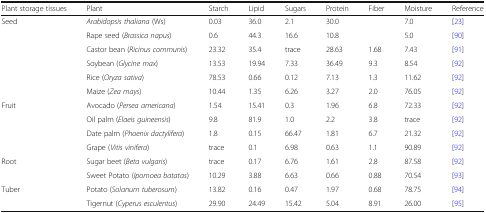
| Plant storage tissues | Plant | Starch | Lipid | Sugars | Protein | Fiber | Moisture | Reference |
 | --- | --- | --- | --- | --- | --- | --- | --- | --- |
 | <ROWSPAN=6> Seed | Arabidopsis thaliana (Ws) | 0.03 | 36.0 | 2.1 | 30.0 |  | 7.0 | [23] |
 | Rape seed (Brassica napus) | 0.6 | 44.3 | 16.6 | 10.8 |  | 5.0 | [90] |
 | Castor bean (Ricinus communis) | 23.32 | 35.4 | trace | 28.63 | 1.68 | 7.43 | [91] |
 | Soybean (Glycine max) | 13.53 | 19.94 | 7.33 | 36.49 | 9.3 | 8.54 | [92] |
 | Rice (Oryza sativa) | 78.53 | 0.66 | 0.12 | 7.13 | 1.3 | 11.62 | [92] |
 | Maize (Zea mays) | 10.44 | 1.35 | 6.26 | 3.27 | 2.0 | 76.05 | [92] |
 | <ROWSPAN=4> Fruit | Avocado (Persea americana) | 1.54 | 15.41 | 0.3 | 1.96 | 6.8 | 72.33 | [92] |
 | Oil palm (Elaeis guineensis) | 9.8 | 81.9 | 1.0 | 2.2 | 3.8 | trace | [92] |
 | Date palm (Phoenix dactylifera) | 1.8 | 0.15 | 66.47 | 1.81 | 6.7 | 21.32 | [92] |
 | Grape (Vitis vinifera) | trace | 0.1 | 6.98 | 0.63 | 1.1 | 90.89 | [92] |
 | <ROWSPAN=2> Root | Sugar beet (Beta vulgaris) | trace | 0.17 | 6.76 | 1.61 | 2.8 | 87.58 | [92] |
 | Sweet Potato (Ipomoea batatas) | 10.29 | 3.88 | 6.63 | 0.66 | 0.88 | 70.54 | [93] |
 | <ROWSPAN=2> Tuber | Potato (Solanum tuberosum) | 13.82 | 0.16 | 0.47 | 1.97 | 0.68 | 78.75 | [94] |
 | Tigernut (Cyperus esculentus) | 29.90 | 24.49 | 15.42 | 5.04 | 8.91 | 26.00 | [95] |